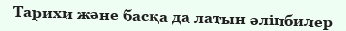
Тарихи және басқа да латын әліпбилер